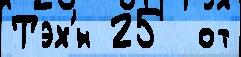
Тэх'́н 25  от